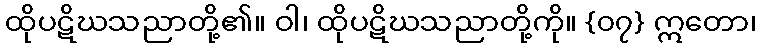
ထိုပဋိဃသညာတို့၏။ ဝါ၊ ထိုပဋိဃသညာတို့ကို။ {၀၇} ဣတော၊